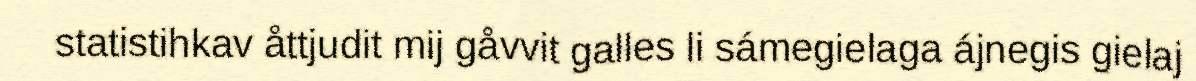
statistihkav åttjudit mij gåvvit galles li sámegielaga ájnegis gielaj